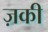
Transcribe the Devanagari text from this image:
ज़की